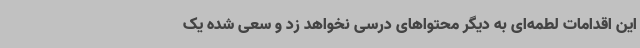
این اقدامات لطمه‌ای به دیگر محتواهای درسی نخواهد زد و سعی شده یک